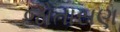
જોતાસણ